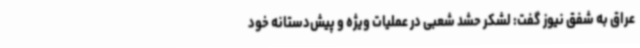
عراق به شفق نیوز گفت: لشکر حشد شعبی در عملیات ویژه و پیش‌دستانه خود